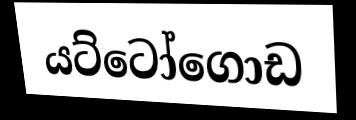
යට්ටෝගොඩ